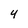
Character: 4